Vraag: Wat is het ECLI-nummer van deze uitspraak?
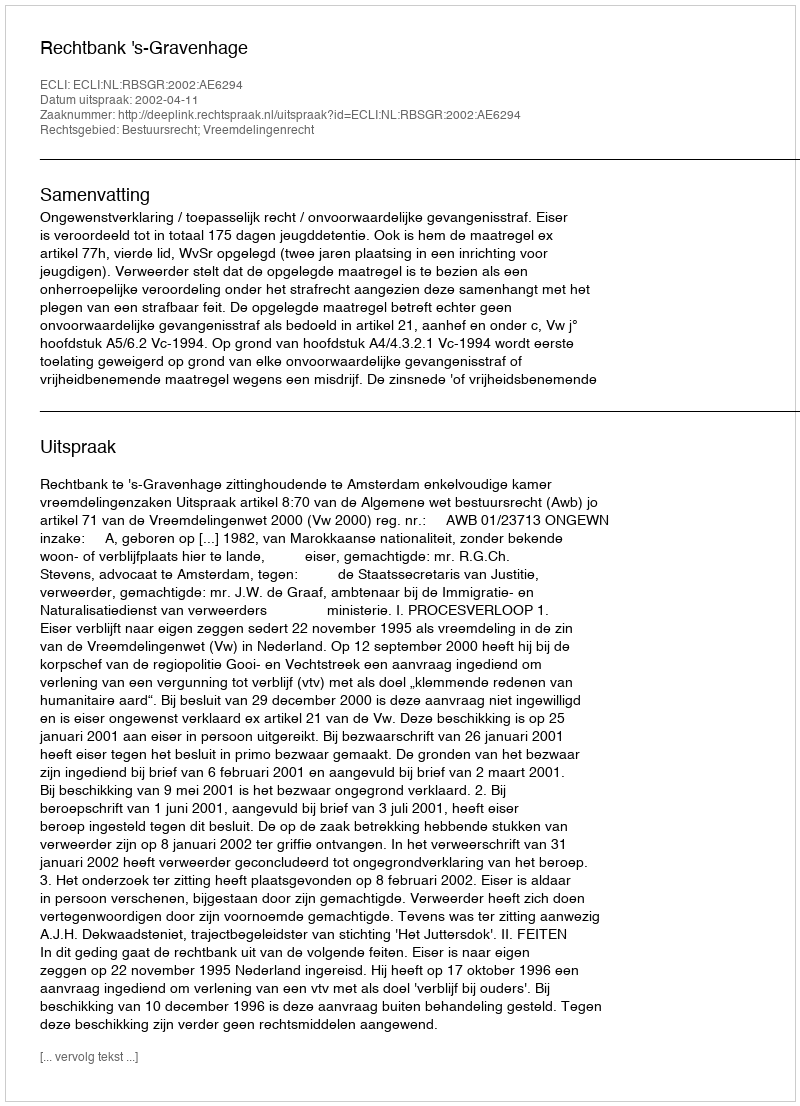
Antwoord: ECLI:NL:RBSGR:2002:AE6294